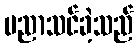
ပညာသင်ခဲ့သည်